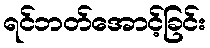
ရင်ဘတ်အောင့်ခြင်း